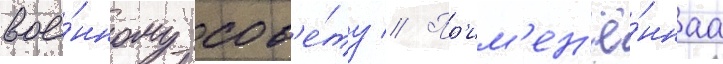
вое́нному сов'е́ту // Пр'им'ен'ё́ннаа